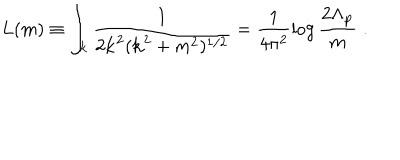
L ( m ) \equiv \int _ { \bf k } \frac { 1 } { 2 { \bf k } ^ { 2 } ( { \bf k } ^ { 2 } + m ^ { 2 } ) ^ { 1 / 2 } } = \frac { 1 } { 4 \pi ^ { 2 } } \log \frac { 2 \Lambda _ { \bf p } } { m } \; .